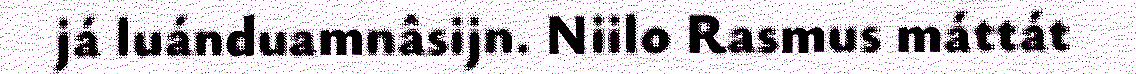
já luánduamnâsijn. Niilo Rasmus máttát